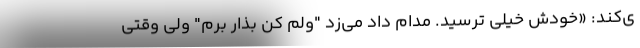
ی‌کند: «خودش خیلی ترسید. مدام داد می‌زد "ولم کن بذار برم" ولی وقتی